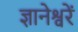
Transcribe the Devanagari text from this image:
ज्ञानेश्वरें